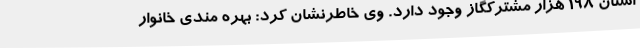
استان 198 هزار مشترکگاز وجود دارد. وی خاطرنشان کرد: بهره مندی خانوار